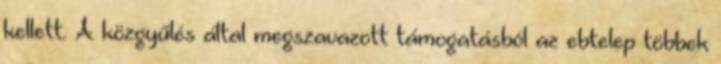
kellett. A közgyűlés által megszavazott támogatásból az ebtelep többek